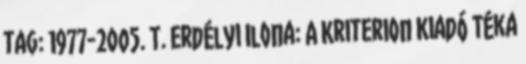
tag: 1977-2005. T. Erdélyi Ilona: A Kriterion Kiadó Téka